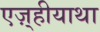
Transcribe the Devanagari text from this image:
एज़्हीयाथा